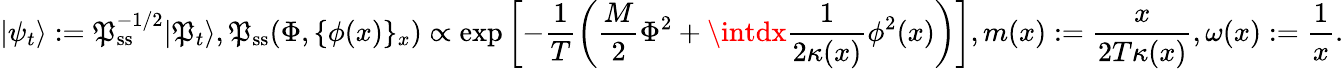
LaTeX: |\psi_{t}\rangle:=\mathfrak{P}_{\mathrm{{ss}}}^{-1/2}|\mathfrak{P}_{t}\rangle,\mathfrak{P}_{\mathrm{{ss}}}(\Phi,\{ \phi(x)\} _{x})\propto\exp\left[-\frac{{1}}{{T}}\left(\frac{{M}}{{2}}\Phi^{2}+\intdx\frac{{1}}{{2\kappa(x)}}\phi^{2}(x)\right)\right],m(x):=\frac{{x}}{{2T\kappa(x)}},\omega(x):=\frac{{1}}{{x}}.